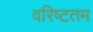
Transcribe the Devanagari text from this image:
वरिष्‍टतम